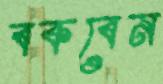
বকবেন